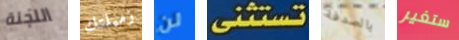
اللجنة زميلتك لن تستثنى بالصدفة ستغير